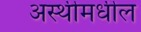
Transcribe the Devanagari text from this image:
अस्थीमधील